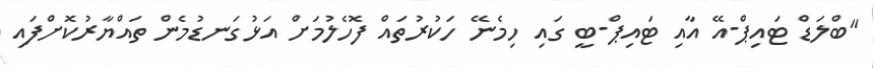
"ބްލަޑް ޓައިޕް-އޭ އާއި ޓައިޕް-ބީ ގައި ހިމެނޭ ހަކުރުތައް ފޮހެލުމަށް އަޅުގަނޑުމެން ތައްޔާރުކޮށްފައި